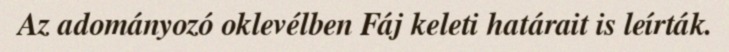
Az adományozó oklevélben Fáj keleti határait is leírták.